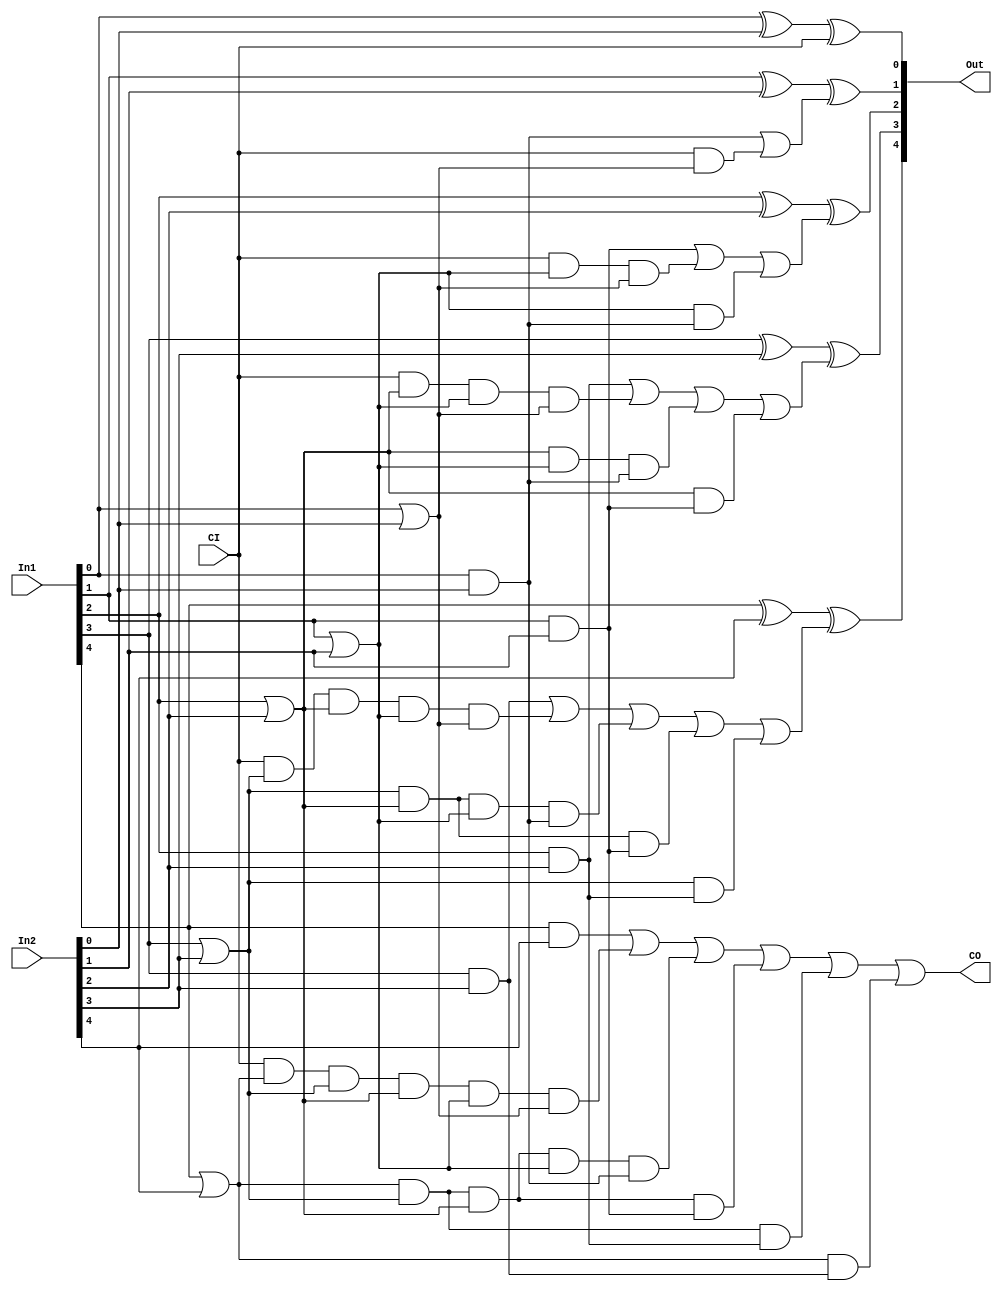
`timescale 1ns / 1ps
//////////////////////////////////////////////////////////////////////////////////
// Company: 
// 
// Design Name: 
// Module Name: ALU32
// Project Name: 
// Target Devices: 
// Tool Versions: 
// Description: 
// 
// Dependencies: 
// 
// Revision:
// Revision 0.01 - File Created
// Additional Comments:
// 
//////////////////////////////////////////////////////////////////////////////////

// 5
module G_FullAdder5 (
        input wire [4:0]    In1,
        input wire [4:0]    In2,
        input wire          CI,
        output wire [4:0]   Out,
        output wire         CO
    );

    wire [4:0]     Gi;
    wire [4:0]     Pi;
    wire [4:0]     COi;
    wire [14:0]    CoElement; // The calculate elements of the COi

    // Calculate Gi

    and (Gi[0],In1[0],In2[0]);
    and (Gi[1],In1[1],In2[1]);
    and (Gi[2],In1[2],In2[2]);
    and (Gi[3],In1[3],In2[3]);
    and (Gi[4],In1[4],In2[4]);

    // Calculate Pi

    or (Pi[0],In1[0],In2[0]);
    or (Pi[1],In1[1],In2[1]);
    or (Pi[2],In1[2],In2[2]);
    or (Pi[3],In1[3],In2[3]);
    or (Pi[4],In1[4],In2[4]);

    // Calculate COi's or elements

    and andCoE0  (CoElement[0],CI,Pi[0]);
    and andCoE1  (CoElement[1],Pi[1],Gi[0]);
    and andCoE2  (CoElement[2],CI,Pi[1],Pi[0]);
    and andCoE3  (CoElement[3],Pi[2],Gi[1]);
    and andCoE4  (CoElement[4],Pi[2],Pi[1],Gi[0]);
    and andCoE5  (CoElement[5],CI,Pi[2],Pi[1],Pi[0]);
    and andCoE6  (CoElement[6],Pi[3],Gi[2]);
    and andCoE7  (CoElement[7],Pi[3],Pi[2],Gi[1]);
    and andCoE8  (CoElement[8],Pi[3],Pi[2],Pi[1],Gi[0]);
    and andCoE9  (CoElement[9],CI,Pi[3],Pi[2],Pi[1],Pi[0]);
    and andCoE10 (CoElement[10],Pi[4],Gi[3]);
    and andCoE11 (CoElement[11],Pi[4],Pi[3],Gi[2]);
    and andCoE12 (CoElement[12],Pi[4],Pi[3],Pi[2],Gi[1]);
    and andCoE13 (CoElement[13],Pi[4],Pi[3],Pi[2],Pi[1],Gi[0]);
    and andCoE14 (CoElement[14],CI,Pi[4],Pi[3],Pi[2],Pi[1],Pi[0]);

    // Calculate COi

    or orC1     (COi[0],Gi[0],CoElement[0]);
    or orC2     (COi[1],Gi[1],CoElement[2],CoElement[1]);
    or orC3     (COi[2],Gi[2],CoElement[5],CoElement[4],CoElement[3]);
    or orC4     (COi[3],Gi[3],CoElement[9],CoElement[8],CoElement[7],CoElement[6]);
    or orC5     (COi[4],Gi[4],CoElement[14],CoElement[13],CoElement[12],CoElement[11],CoElement[10]);
    buf         (CO,COi[4]);

    // Calculate Out

    xor out1    (Out[0],In1[0],In2[0],CI);
    xor out2    (Out[1],In1[1],In2[1],COi[0]);
    xor out3    (Out[2],In1[2],In2[2],COi[1]);
    xor out4    (Out[3],In1[3],In2[3],COi[2]);
    xor out5    (Out[4],In1[4],In2[4],COi[3]);

endmodule